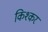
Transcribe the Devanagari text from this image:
किश्कर